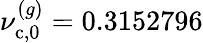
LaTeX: \nu_{\mathrm{c},0}^{(g)}=0.3152796